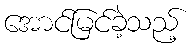
အောင်မြင်ခဲ့သည့်